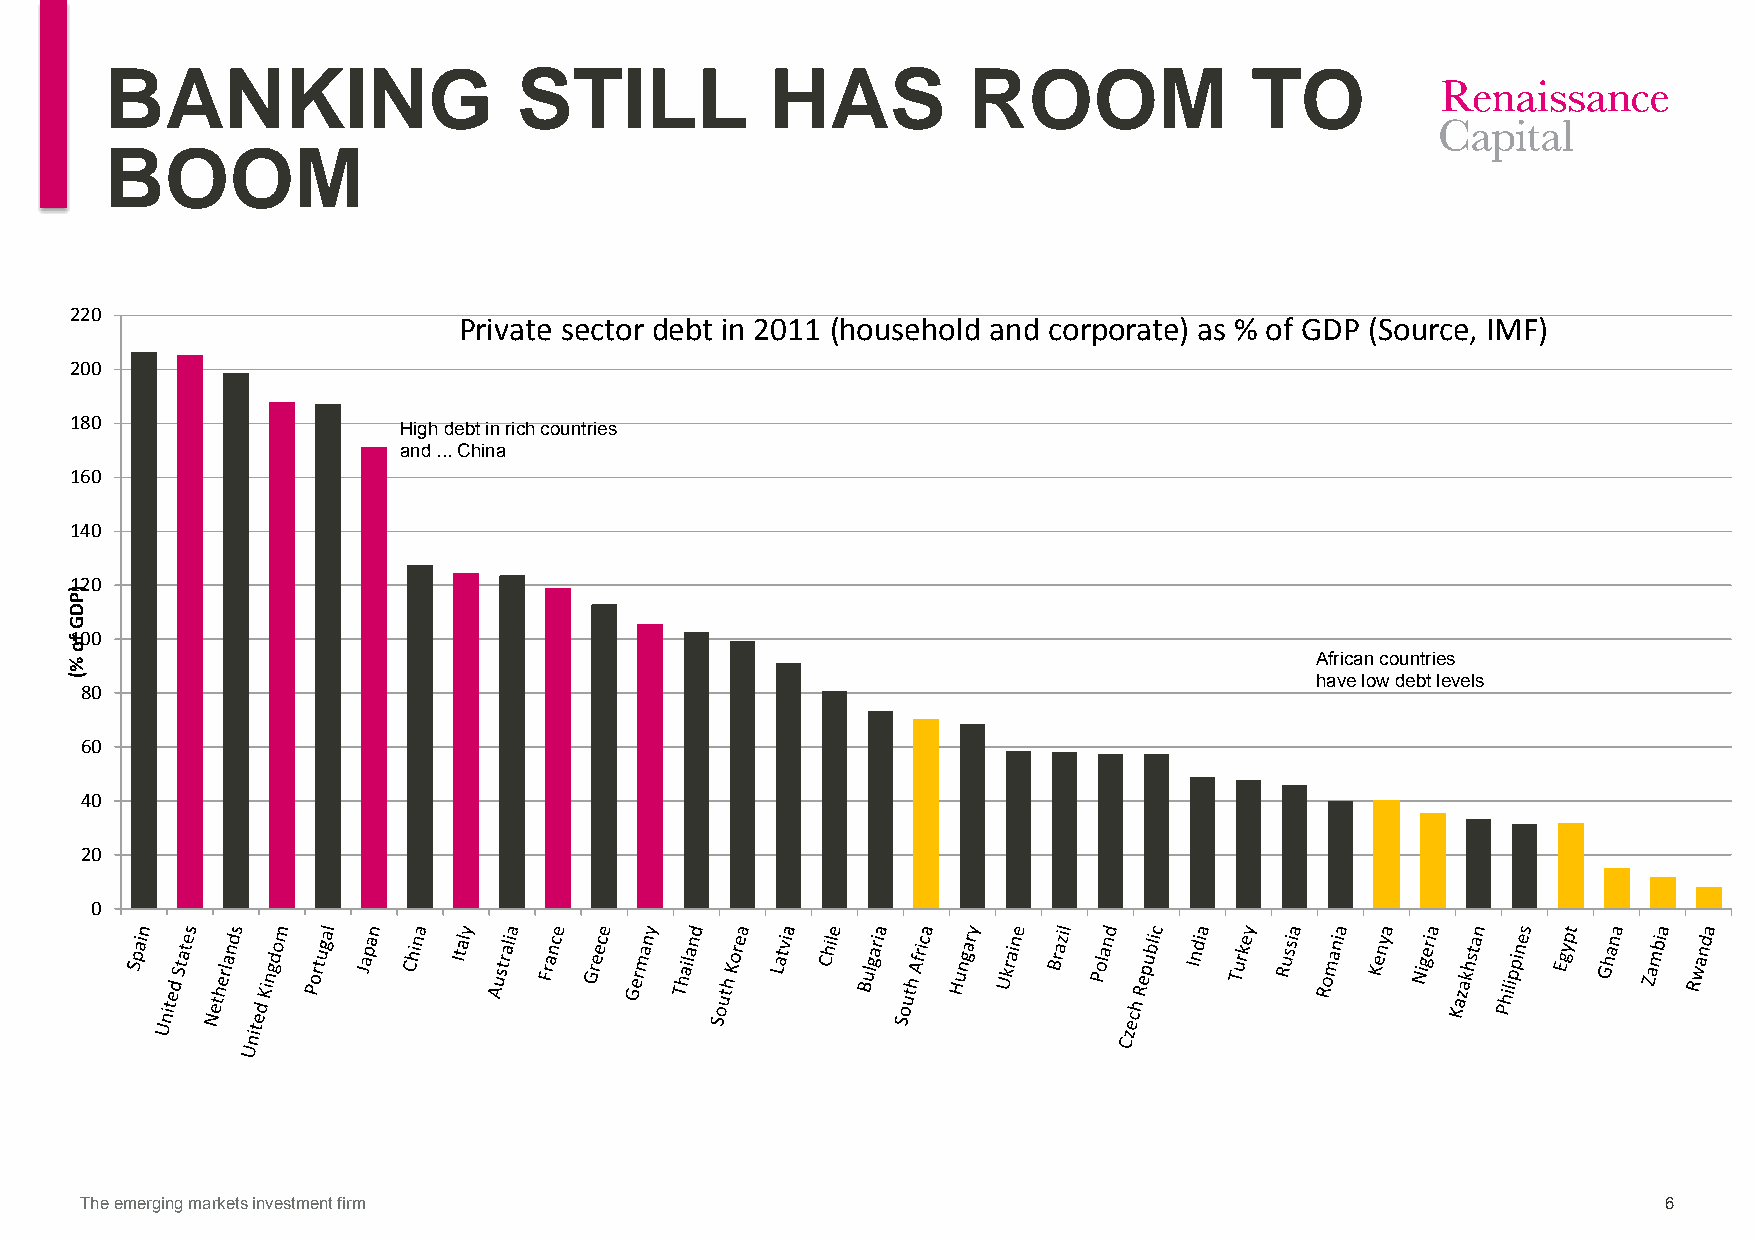
BANKING                    STILL            HAS          ROOM               TO
 BOOM
 220
 Private sector debt in 2011 (household and corporate) as % of GDP (Source, IMF)
 200
 180
 High debt in rich countries
 and ... China
 160
 140
 120
 100
 African countries
 have low debt levels
 80
 60
 40
 20
 0
 The emerging markets investment firm                                                                     6
 )PDG
 fo
 %(